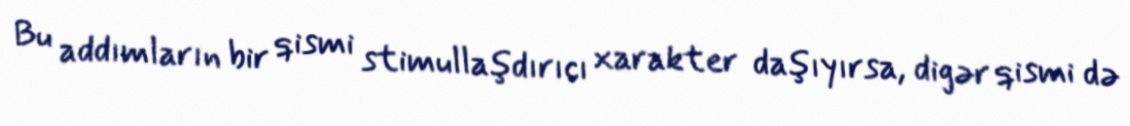
Bu addımların bir qismi stimullaşdırıcı xarakter daşıyırsa, digər qismi də